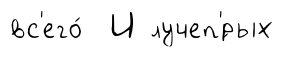
вс'его́ И лучеп'́рых